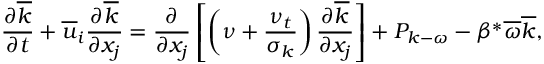
\frac { \partial \overline { { k } } } { \partial t } + \overline { { u } } _ { i } \frac { \partial \overline { { k } } } { \partial x _ { j } } = \frac { \partial } { \partial x _ { j } } \left[ \left( \nu + \frac { \nu _ { t } } { \sigma _ { k } } \right) \frac { \partial \overline { { k } } } { \partial x _ { j } } \right] + P _ { k - \omega } - \beta ^ { * } \overline { { \omega } } \overline { { k } } ,